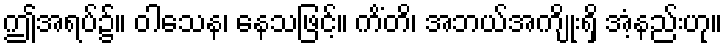
ဤအရပ်၌။ ဝါသေန၊ နေသဖြင့်။ ကိံတိ၊ အဘယ်အကျိုးရှိ အံ့နည်းဟု။